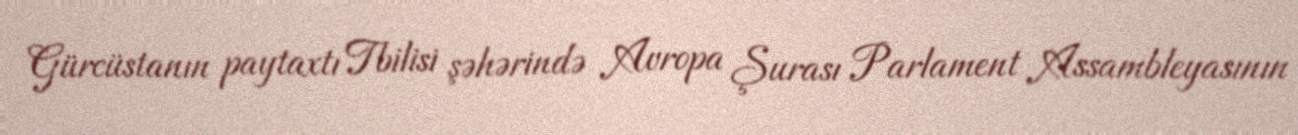
Gürcüstanın paytaxtı Tbilisi şəhərində Avropa Şurası Parlament Assambleyasının